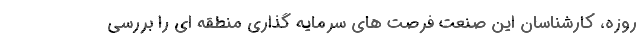
روزه، کارشناسان این صنعت فرصت های سرمایه گذاری منطقه ای را بررسی